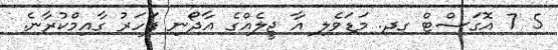
5 7 އޮގަސްޓް ގދ. މަޑަވެލި އާ ޖީލެއްގެ އާދޯނި ފަހަރު ގާއިމްކުރާނެ.